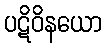
ပဋိဝိနယော